Report of the Indian Hemp Drugs Commission, 1894-1895 - Volume III
Year: 1894
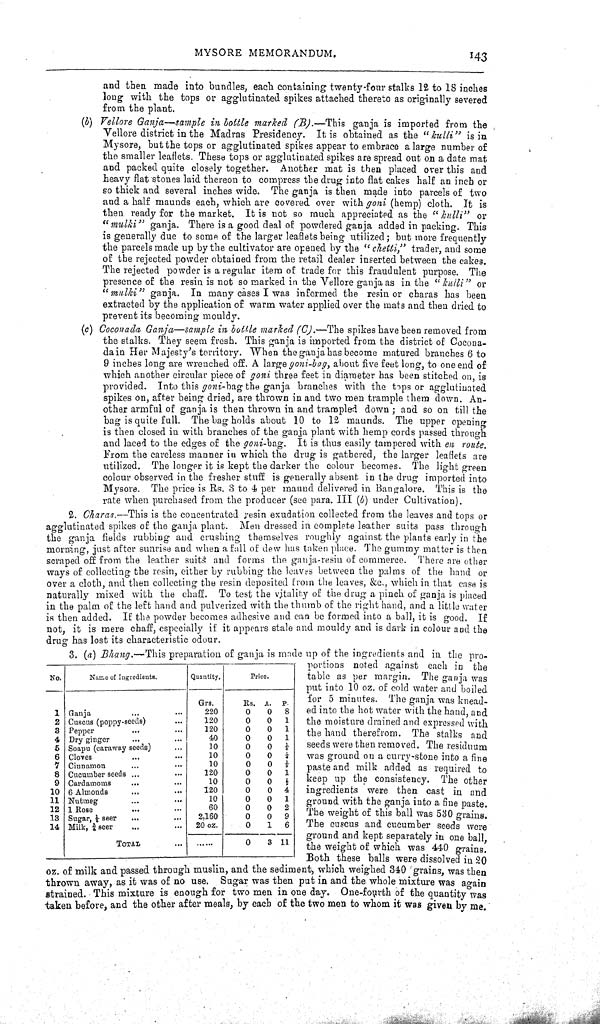
MYSORE MEMORANDUM.
143
and then made into bundles, each containing twenty-four stalks 12 to 18 inches
long with the tops or agglutinated spikes attached thereto as originally severed
from the plant.
(b) Vellore Ganja—sample in bottle marked (B).—This ganja is imported from the
Vellore district in the Madras Presidency. It is obtained as the "kulli" is in
Mysore, but the tops or agglutinated spikes appear to embrace a large number of
the smaller leaflets. These tops or agglutinated spikes are spread out on a date mat
and packed quite closely together. Another mat is then placed over this and
heavy flat stones laid thereon to compress the drug into flat cakes half an inch or
so thick and several inches wide. The ganja is then made into parcels of two
and a half maunds each, which are covered over with goni (hemp) cloth. It is
then ready for the market. It is not so much appreciated as the "kulli" or
"mulki" ganja. There is a good deal of powdered ganja added in packing. This
is generally due to some of the larger leaflets being utilized; but more frequently
the parcels made up by the cultivator are opened by the " chetti," trader, and some
of the rejected powder obtained from the retail dealer inserted between the cakes.
The rejected powder is a regular item of trade for this fraudulent purpose. The
presence of the resin is not so marked in the Vellore ganja as in the "kulli" or
"mulki" ganja. In many cases I was informed the resin or charas has been
extracted by the application of warm water applied over the mats and then dried to
prevent its becoming mouldy.
(c) Coconada Ganja—sample in bottle marked (C).—The spikes have been removed from
the stalks. They seem fresh. This ganja is imported from the district of Cocona-
dain Her Majesty's territory. When the ganja has become matured branches 6 to
9 inches long are wrenched off. A large goni-bag, about five feet long, to one end of
which another circular piece of goni three feet in diameter has been stitched on, is
provided. Into this goni-bag the ganja branches with the tops or agglutiuated
spikes on, after being dried, are thrown in and two men trample them down. An-
other armful of ganja is then thrown in and trampled down; and so on till the
bag is quite full. The bag holds about 10 to 12 maunds. The upper opening
is then closed in with branches of the ganja plant with hemp cords passed through
and laced to the edges of the goni-bag. It is thus easily tampered with en route.
From the careless manner in which the drug is gathered, the larger leaflets are
utilized. The longer it is kept the darker the colour becomes. The light green
colour observed in the fresher stuff is generally absent in the drug imported into
Mysore. The price is Rs. 3 to 4 per maund delivered in Bangalore. This is the
rate when purchased from the producer (see para. III (b) under Cultivation).
2. Charas.—This is the concentrated resin exudation collected from the leaves and tops or
agglutinated spikes of the ganja plant. Men dressed in complete leather suits pass through
the ganja fields rubbing and crushing themselves roughly against the plants early in the
morning, just after sunrise and when a fall of dew has taken place. The gummy matter is then
scraped off from the leather suits and forms the ganja-resin of commerce. There are other
ways of collecting the resin, either by rubbing the leaves between the palms of the hand or
over a cloth, and then collecting the resin deposited from the leaves, &c., which in that case is
naturally mixed with the chaff. To test the vitality of the drug a pinch of ganja is placed
in the palm of the left hand and pulverized with the thumb of the right hand, and a little water
is then added. If the powder becomes adhesive and can be formed into a ball, it is good. If
not, it is mere chaff, especially if it appears stale and mouldy and is dark in colour and the
drug has lost its characteristic odour.
3. (a) Bhang.—This preparation of ganja is made up of the ingredients and in the pro-
portions noted against each in the
table as per margin. The ganja was
put into 10 oz. of cold water and boiled
for 5 minutes. The ganja was knead-
ed into the hot water with the hand, and
the moisture drained and expressed with
the hand therefrom. The stalks and
seeds were then removed. The residuum
was ground on a curry-stone into a fine
paste and milk added as required to
keep up the consistency. The other
ingredients were then cast in and
ground with the ganja into a fine paste.
The weight of this ball was 530 grains.
The cuscus and cucumber seeds were
ground and kept separately in one ball,
the weight of which was 440 grains.
Both these balls were dissolved in 20
oz. of milk and passed through muslin, and the sediment, which weighed 340 grains, was then
thrown away, as it was of no use. Sugar was then put in and the whole mixture was again
strained. This mixture is enough for two men in one day. One-fourth of the quantity was
taken before, and the other after meals, by each of the two men to whom it was given by me.
No.
Name of Ingredients.
Quantity.
Price.
Grs.
Rs. A. P.
1 Ganja
220
0
0
8
2 Cuscus (poppy-seeds)
120
0
0
1
3 Pepper
120
0
0
1
4 Dry ginger
40
0
0
1
5 Soapu (caraway seeds)
10
0
0
1/8
6 Cloves
10
0
0
1/4
7 Cinnamon
10
0
0
1/8
8 Cucumber seeds
120
0
0
1
9 Cardamoms
10
0
0
1/2
10 6 Almonds
120
0
0
4
11 Nutmeg
10
0
0
1
12 1 Rose
60
0
0
2
18 Sugar, 1/2 seer
2,160
0
0
9
14 Milk, 3/4 seer
TOTAL
20 oz.
0
1
6
Milk, 3/4 seer
TOTAL
0
3 11